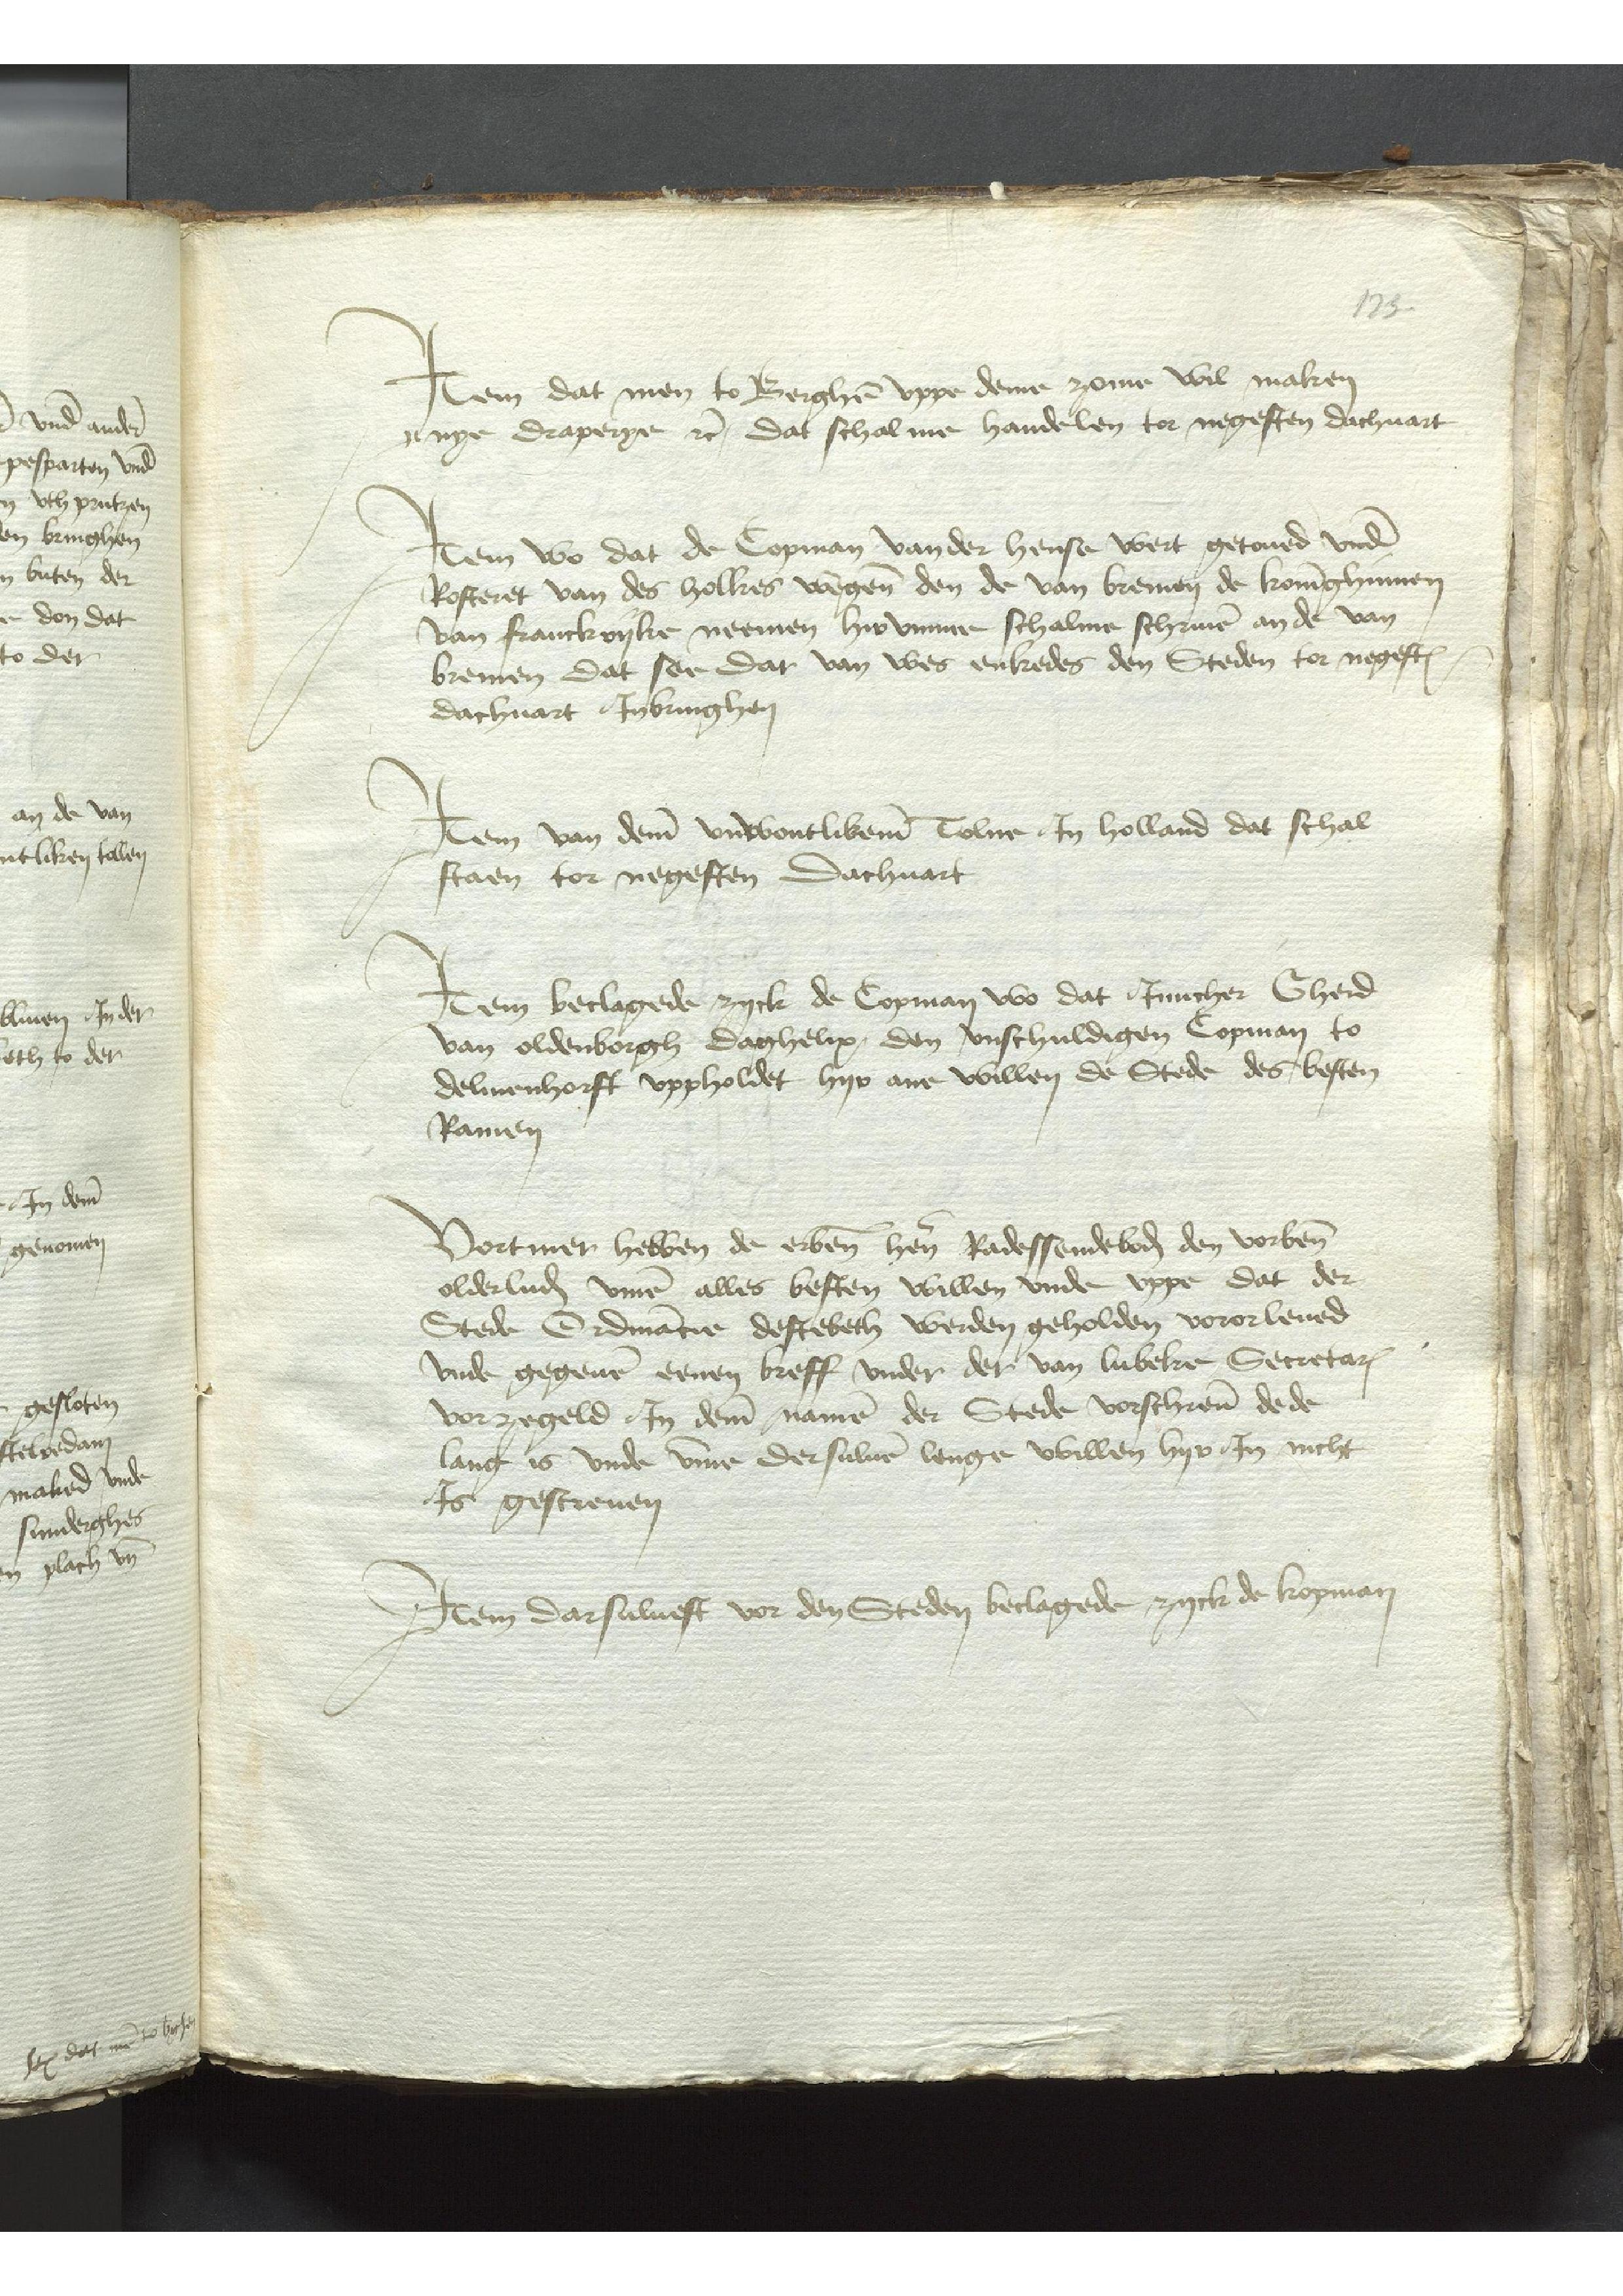
Jtem dat man to Berghen vppe deme zome wil maken
nye draperye etcera, Dat schal me handelen tor negesten dachuart

Jtem wo dat de Copman van der hense wert getoued vnde
Rosteret van des holkes wegene den de van Bremen de Koninghunnen
van Franckryke neemen hir vmme schalme schriuen an de van
Bremen Dat see dar van wes enkedes den Steden tor negesten
dachuart Jnbringhen

Jtem van deme vnwontlikemen Tolne Jn holland dar schal
staen tor negesten Dachuart

Jtem beclagede zyck de Copman wo dat Juncker Gherd
van Oldenborgh daghelix, den vnschuldigen Copman to
Delmenhorst vppholdet hyr ane willen de Stede des besten
Ramen

Vortmer hebben de erbenomden hern Radessendeboden den vorbenomeden
olderluden vmme alles besten willen vnder vppe dat der
Stede Ordinancie destebeth werden geholden vororleued
vnde gegeuen eenen breff vnder der van Lubeke Secretarius
vorzegeld Jn deme namen der Stede vorschreuen dede
lang is vnde vmme dersuluen lenge willen hyr Jn nicht
Js gescreuen

Jtem darsuluest vor den Steden beclagede zyck de kopman